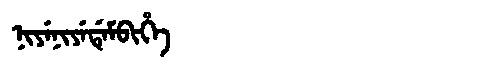
Manchu: ᠨᡳᠶᡝᠨᡳᠶᡝᡩᡝᠮᠪᡳᡥᡝ
Romanization: NIYENIYEDEMBIHE